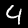
Digit: 4